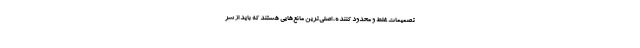
تصمیمات غلط و محدود کننده، اصلی‌ترین مانع‌هایی هستند که باید از سر